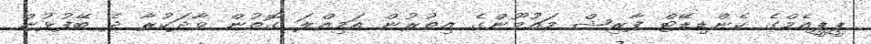
ޕީޕީއެމްގެ ކެންޑިޑޭޓް ފާރިޝް މައުމޫންގެ އިތުރުން އަމިއްލަ ގޮތުން ވާދަކުރާ ދެ ބޭފުޅުން